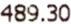
489.30